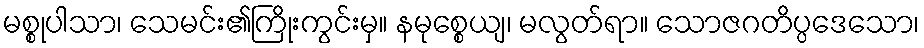
မစ္စုပါသာ၊ သေမင်း၏ကြိုးကွင်းမှ။ နမုစ္စေယျ၊ မလွတ်ရာ။ သောဇဂတိပ္ပဒေသော၊